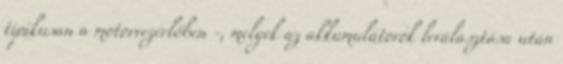
tipikusan a motorvezérlőben -, melyek az akkumulátorok leválasztása után